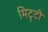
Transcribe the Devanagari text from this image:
मिटृटी